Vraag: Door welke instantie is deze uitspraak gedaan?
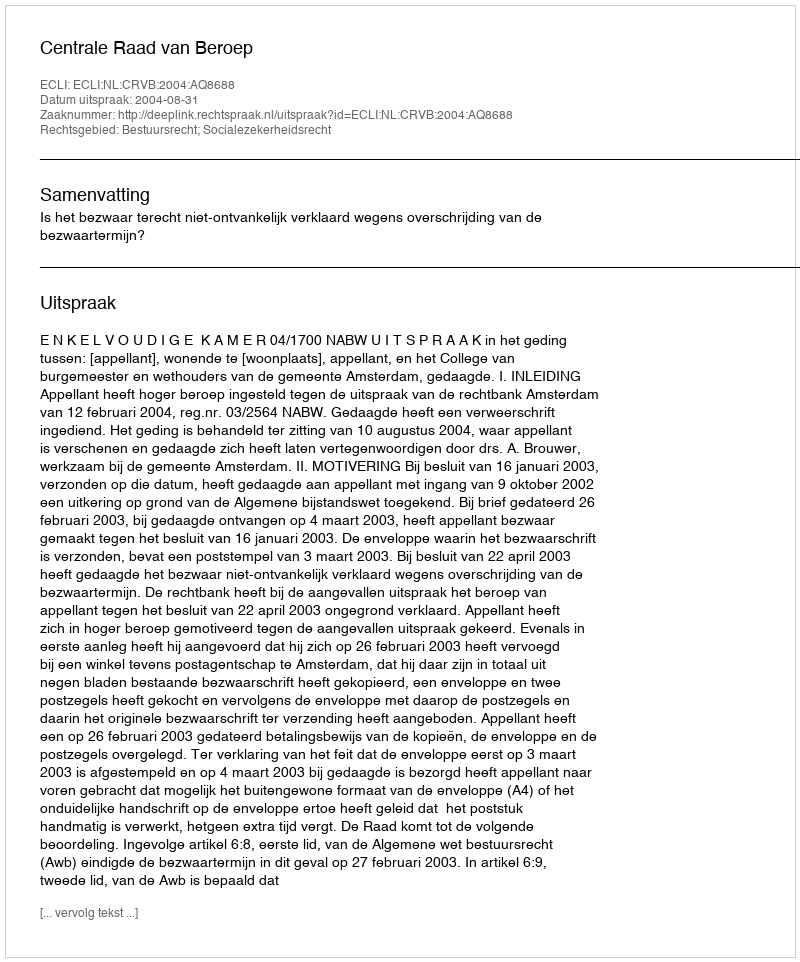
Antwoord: Centrale Raad van Beroep